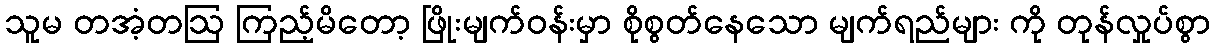
သူမ တအံ့တဩ ကြည့်မိတော့ ဖြိုးမျက်ဝန်းမှာ စိုစွတ်နေသော မျက်ရည်များ ကို တုန်လှုပ်စွာ